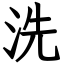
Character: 洗